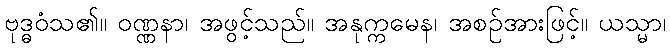
ဗုဒ္ဓဝံသ၏။ ဝဏ္ဏနာ၊ အဖွင့်သည်။ အနုက္ကမေန၊ အစဉ်အားဖြင့်။ ယသ္မာ၊